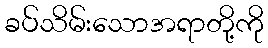
ခပ်သိမ်းသောအရာတို့ကို